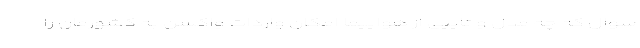
سوال که چه مدل و تایپی از هواپیما امکان واردات واکسن به کشورمان را